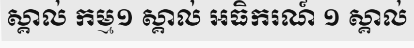
ស្គាល់ កម្ម១ ស្គាល់ អធិករណ៍ ១ ស្គាល់